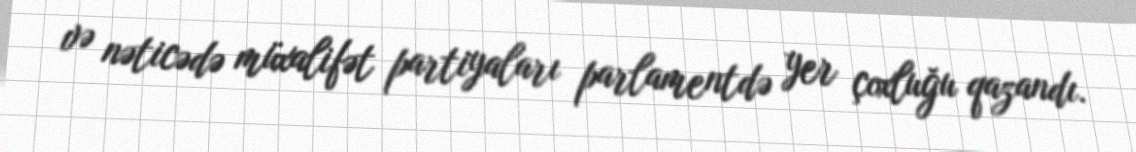
və nəticədə müxalifət partiyaları parlamentdə yer çoxluğu qazandı.